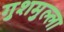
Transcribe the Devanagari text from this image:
गुशमुल्ला